Leaving Certificate Examination, 1912
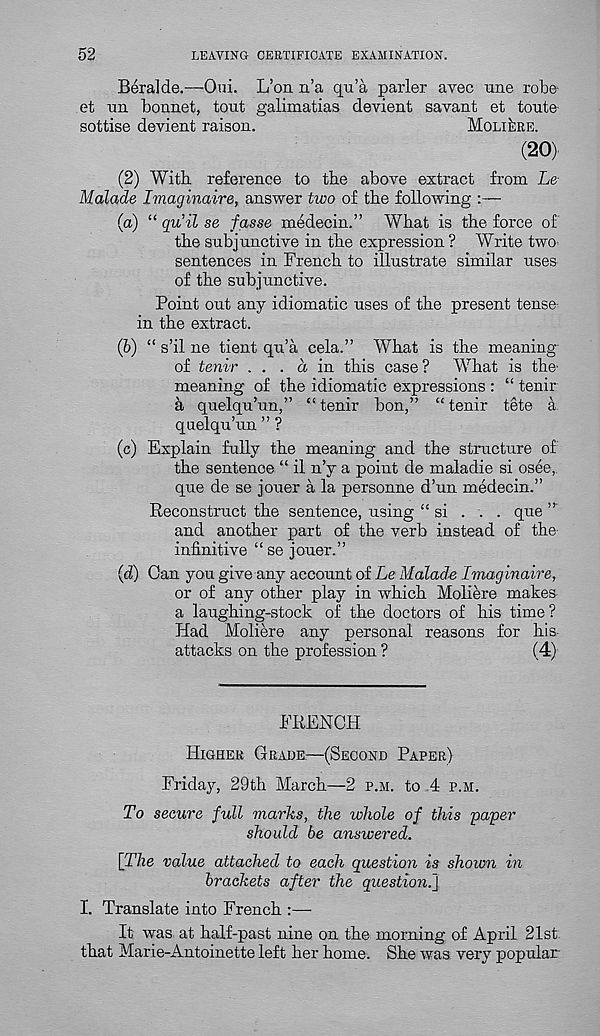
52
LEAVING CERTIFICATE EXAMINATION.
Beralde.—Oui. L’on n’a qu’a parler avec une robe 1
et un bonnet, tout galimatias devient savant et toute
sottise devient raison.
MoliIire.
(20)'
(2) With reference to the above extract from Le
Malade Imaginaire, answer two of the following :—
(а) “ quil se fasse medecin.” What is the force of
the subjunctive in the expression? Write twO'
sentences in French to illustrate similar uses
of the subjunctive.
Point out any idiomatic uses of the present tenser
in the extract.
(б) “ s’il ne tient qu’a cela.” What is the meaning
of tenir ... a in this case ? What is the-
meaning of the idiomatic expressions : “ tenir
a quelqu’un,” “tenir bon,” “tenir tete a
quelqu’un ” ?
(c) Explain fully the meaning and the structure of
the sentence “ il n’y a point de maladie si osee,
que de se jouer a la personne d’un medecin.”
Reconstruct the sentence, using “ si . . . que
and another part of the verb instead of the
infinitive “ se jouer.”
(d) Can you give any account of Le Malade Imaginaire,
or of any other play in which Moliere makes
a laughing-stock of the doctors of his time ?
Had Moliere any personal reasons for his
attacks on the profession ?
(4)
FRENCH
Higher Grade.—(Second Paper)
Friday, 29th March—2 p.m. to 4 p.h.
To secure full marks, the whole of this paper
should be answered.
{The value attached to each question is shown in
brackets after the question.]
I. Translate into French :—
It was at half-past nine on the morning of April 21st
that Marie-Antoinette left her home. She was very popular-